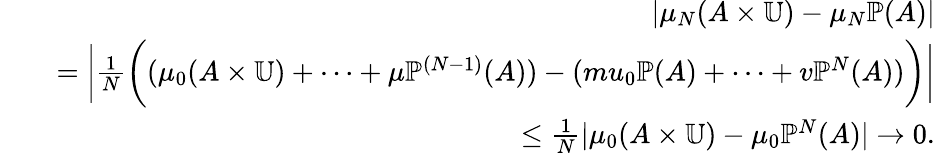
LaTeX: \begin{array}{rlr}&{}&{|\mu_{N}(A\times\mathbb{U})-\mu_{N}\mathbb{P}(A)|}\\ &{}&{=\bigg|{\frac{1}{N}}\bigg((\mu_{0}(A\times\mathbb{U})+\cdots+\mu\mathbb{P}^{(N-1)}(A))-(mu_{0}\mathbb{P}(A)+\cdots+v\mathbb{P}^{N}(A))\bigg)\bigg|}\\ &{}&{\leq{\frac{1}{N}}|\mu_{0}(A\times\mathbb{U})-\mu_{0}\mathbb{P}^{N}(A)|\to 0.}\end{array}